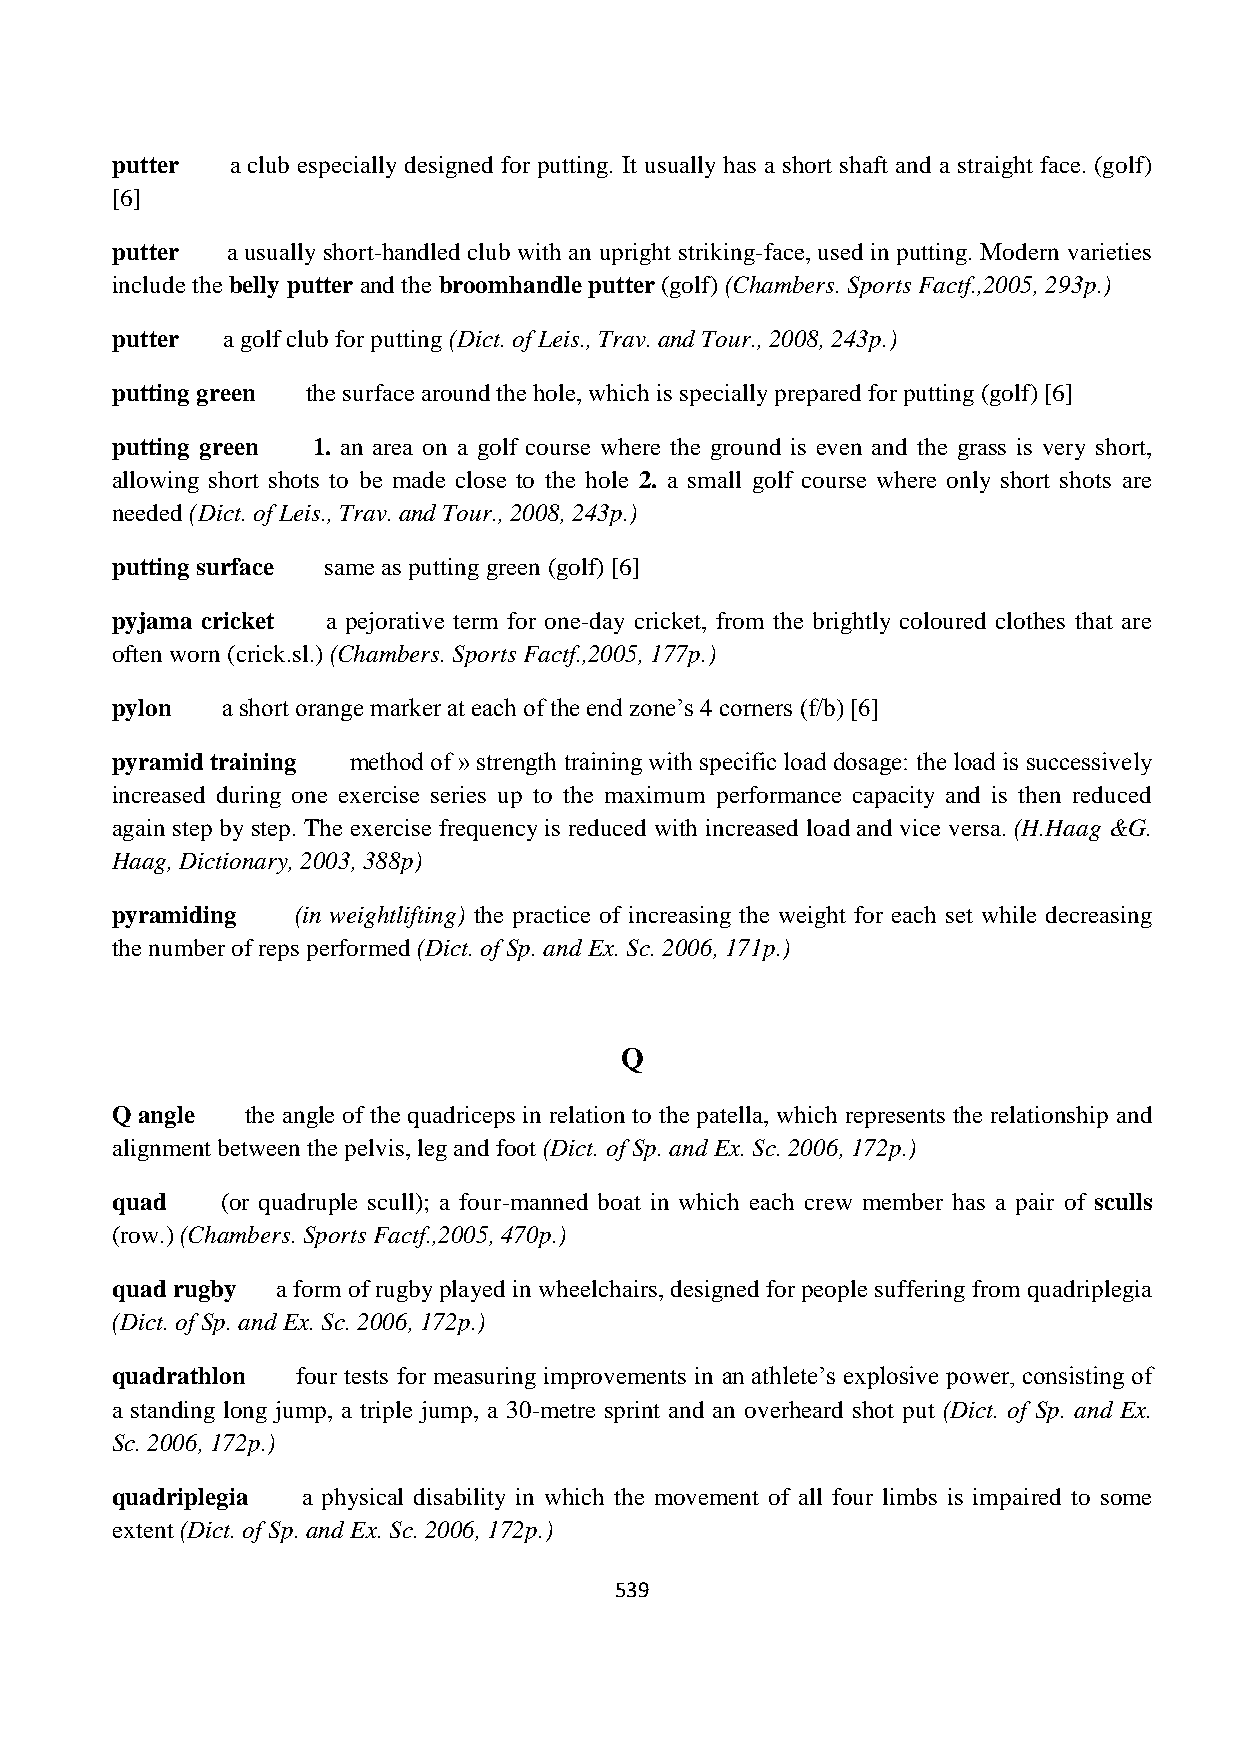
putter  a club especially designed for putting. It usually has a short shaft and a straight face. (golf)
 [6]
 putter  a usually short-handled club with an upright striking-face, used in putting. Modern varieties
 include the belly putter and the broomhandle putter (golf) (Chambers. Sports Factf.,2005, 293p.)
 putter  a golf club for putting (Dict. of Leis., Trav. and Tour., 2008, 243p.)
 putting green the surface around the hole, which is specially prepared for putting (golf) [6]
 putting green 1. an area on a golf course where the ground is even and the grass is very short,
 allowing short shots to be made close to the hole 2. a small golf course where only short shots are
 needed (Dict. of Leis., Trav. and Tour., 2008, 243p.)
 putting surface same as putting green (golf) [6]
 pyjama cricket a pejorative term for one-day cricket, from the brightly coloured clothes that are
 often worn (crick.sl.) (Chambers. Sports Factf.,2005, 177p.)
 pylon   a short orange marker at each of the end zone’s 4 corners (f/b) [6]
 pyramid training method of » strength training with specific load dosage: the load is successively
 increased during one exercise series up to the maximum performance capacity and is then reduced
 again step by step. The exercise frequency is reduced with increased load and vice versa. (H.Haag &G.
 Haag, Dictionary, 2003, 388p)
 pyramiding   (in weightlifting) the practice of increasing the weight for each set while decreasing
 the number of reps performed (Dict. of Sp. and Ex. Sc. 2006, 171p.)
 Q
 Q angle  the angle of the quadriceps in relation to the patella, which represents the relationship and
 alignment between the pelvis, leg and foot (Dict. of Sp. and Ex. Sc. 2006, 172p.)
 quad    (or quadruple scull); a four-manned boat in which each crew member has a pair of sculls
 (row.) (Chambers. Sports Factf.,2005, 470p.)
 quad rugby a form of rugby played in wheelchairs, designed for people suffering from quadriplegia
 (Dict. of Sp. and Ex. Sc. 2006, 172p.)
 quadrathlon  four tests for measuring improvements in an athlete’s explosive power, consisting of
 a standing long jump, a triple jump, a 30-metre sprint and an overheard shot put (Dict. of Sp. and Ex.
 Sc. 2006, 172p.)
 quadriplegia a physical disability in which the movement of all four limbs is impaired to some
 extent (Dict. of Sp. and Ex. Sc. 2006, 172p.)
 539